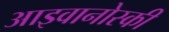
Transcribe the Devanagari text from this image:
आइवानोस्की